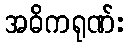
အဓိကရုဏ်း